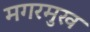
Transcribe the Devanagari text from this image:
मगरमुख